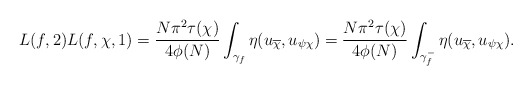
\begin{align*}L(f,2) L(f,\chi,1) = \frac{N \pi^2 \tau(\chi)}{4 \phi(N)} \int_{\gamma_f} \eta(u_{\overline{\chi}},u_{\psi\chi}) = \frac{N \pi^2 \tau(\chi)}{4 \phi(N)} \int_{\gamma_f^-} \eta(u_{\overline{\chi}},u_{\psi\chi}).\end{align*}